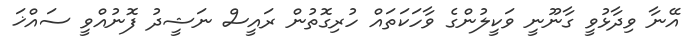
އޭނާ ވިދާޅުވީ ގާނޫނީ ވަކީލުންގެ ވާހަކަތައް ހުރިގޮތުން ރައީސް ނަޝީދު ފޮނުއްވީ ސައްޚަ